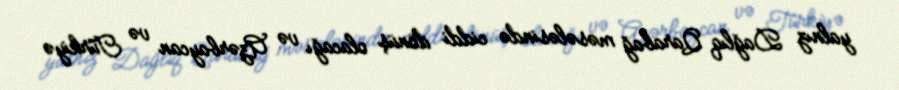
yalnız Dağlıq Qarabağ məsələsində ciddi dönüş olacağı və Azərbaycan və Türkiyə